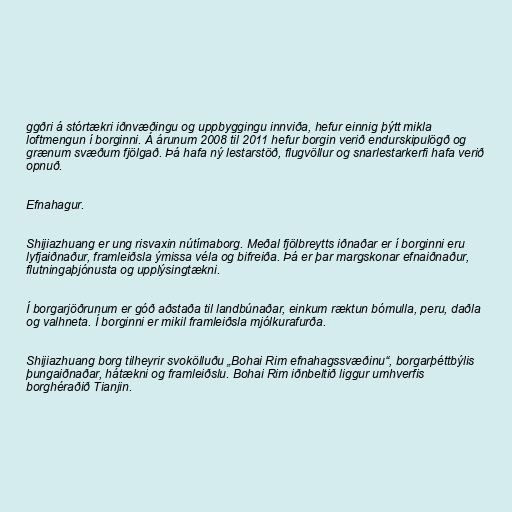
ggðri á stórtækri iðnvæðingu og uppbyggingu innviða, hefur einnig þýtt mikla
loftmengun í borginni. Á árunum 2008 til 2011 hefur borgin verið endurskipulögð og
grænum svæðum fjölgað. Þá hafa ný lestarstöð, flugvöllur og snarlestarkerfi hafa verið
opnuð.

Efnahagur.

Shijiazhuang er ung risvaxin nútímaborg. Meðal fjölbreytts iðnaðar er í borginni eru
lyfjaiðnaður, framleiðsla ýmissa véla og bifreiða. Þá er þar margskonar efnaiðnaður,
flutningaþjónusta og upplýsingtækni.

Í borgarjöðrunum er góð aðstaða til landbúnaðar, einkum ræktun bómulla, peru, daðla
og valhneta. Í borginni er mikil framleiðsla mjólkurafurða.

Shijiazhuang borg tilheyrir svokölluðu „Bohai Rim efnahagssvæðinu“, borgarþéttbýlis
þungaiðnaðar, hátækni og framleiðslu. Bohai Rim iðnbeltið liggur umhverfis
borghéraðið Tianjin.